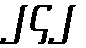
၂၄၂